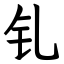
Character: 钆